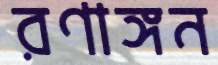
রণাঙ্গন